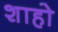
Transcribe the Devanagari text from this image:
शाहो